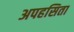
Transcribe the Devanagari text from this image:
अपहसिता